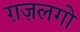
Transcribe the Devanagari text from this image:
ग़ज़लगो